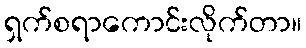
ရှက်စရာကောင်းလိုက်တာ။